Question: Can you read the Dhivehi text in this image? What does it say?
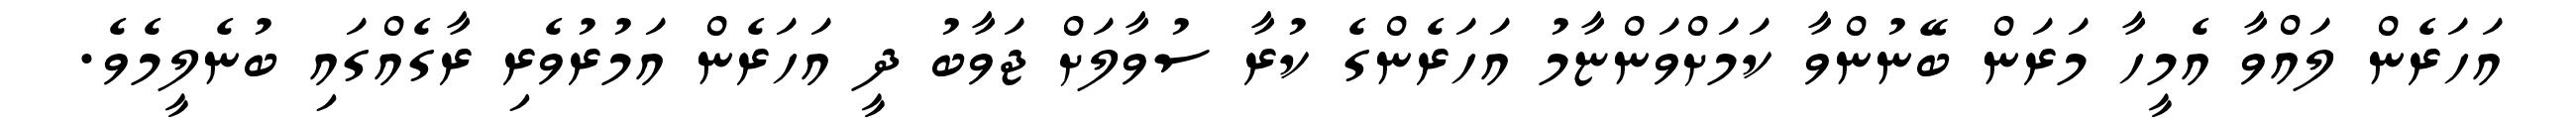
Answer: އަހަރެން ލައްވާ އެމީހާ މަރަން ބޭނުންވާ ކަމަށްވަންޏާމު އަހަރެންގެ ކުރާ ސުވާލަށް ޖަވާބު ދީ އަހަރެން އަމުރުވެރި ރާގެއްގައި ބުނެލީމެވެ.